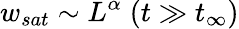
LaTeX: w_{sat}\sim L^{\alpha}\; (t\gg t_{\infty})